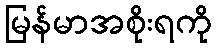
မြန်မာအစိုးရကို